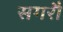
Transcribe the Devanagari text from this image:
सगरौ